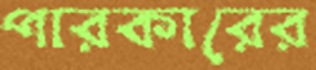
পারকারের